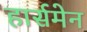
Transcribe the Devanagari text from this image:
हार्समेन